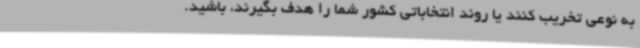
به نوعی تخریب کنند یا روند انتخاباتی کشور شما را هدف بگیرند، باشید.